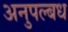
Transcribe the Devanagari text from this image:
अनुपल्बध